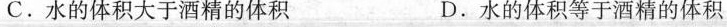
C.水的体积大于酒精的体积 D.水的体积等于酒精的体积